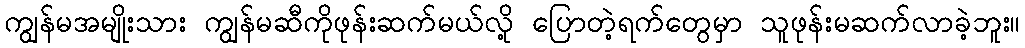
ကျွန်မအမျိုးသား ကျွန်မဆီကိုဖုန်းဆက်မယ်လို့ ပြောတဲ့ရက်တွေမှာ သူဖုန်းမဆက်လာခဲ့ဘူး။